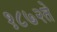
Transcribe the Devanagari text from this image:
१८७२ते